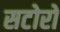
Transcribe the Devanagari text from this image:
सटोरो